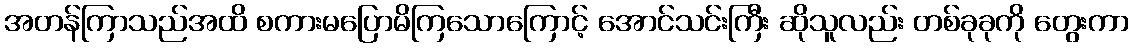
အတန်ကြာသည်အထိ စကားမပြောမိကြသောကြောင့် အောင်သင်းကြီး ဆိုသူလည်း တစ်ခုခုကို တွေးကာ